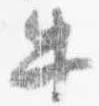
牛